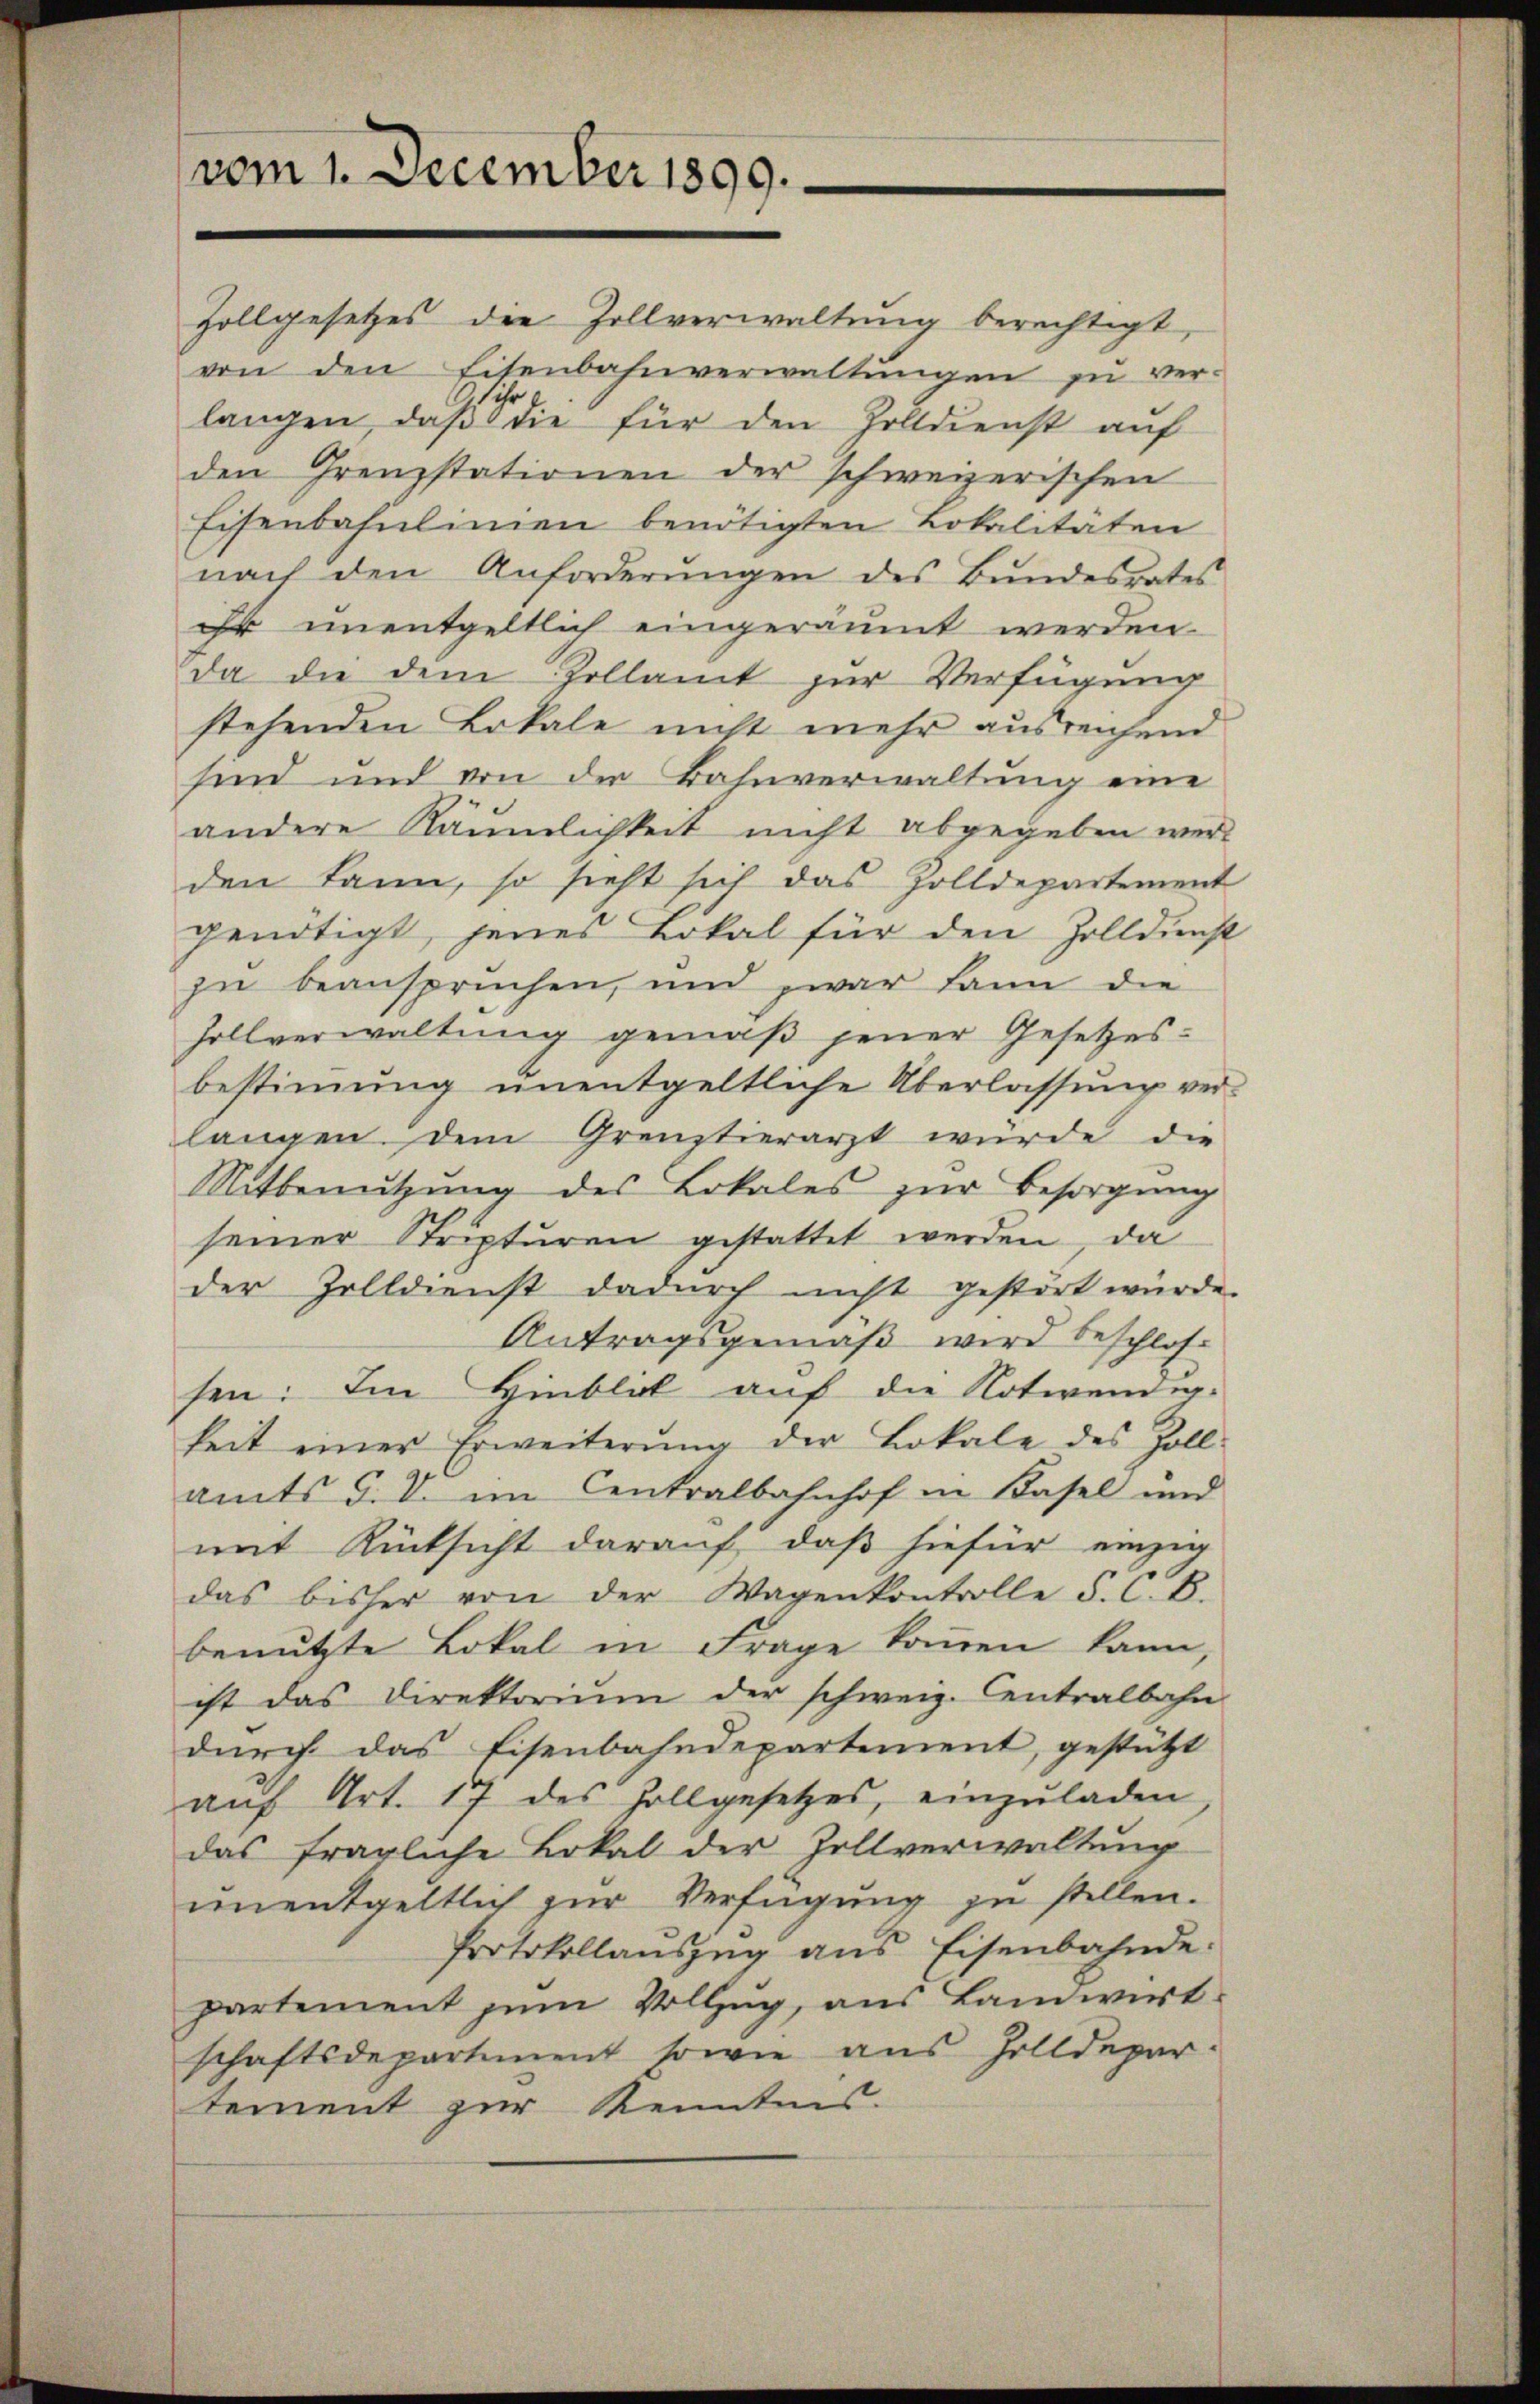
vom 1. December 1899.

Zollgesetzes die Zollverwaltung berechtigt,
von den Eisenbahnverwaltungen zu ver-
sihr.
langen, daß die für den Zolldienst auf
den Grenzstationen der schweizerischen
Eisenbahnlinien benötigten Lokalitäten
nach den Anforderungen des Bundesrates
ihr unentgeltlich eingeräumt werden.
da die dem Zollamt zur Verfügung
stehenden Lokale nicht mehr ausreichend
sind und von der Bahnverwaltung eine
andere Räumlichkeit nicht abgegeben werd
den kann, so sieht sich das Zolldepartement
gendtigt, jenes Lokal für den Zolldinst
zu beansprüchen, und zwar kann die
Hollverwaltung gemäß jener Gesetzesbestimmung unentgeltliche Überlassung verlangen. Dem Grenztierarzt würde die
Mitbenutzung des Lokales zur Besorgung
seiner Stripturen gestattet werden, da
der Zolldienst dadurch nicht gestört würde.
Antragsgemäß wird beschlos
sen: Im Hinblat auf die Notwendig-
keit einer Erweiterŭng der Lokale des Zoll-
amts G. V. im Centralbahnhof in Basel und
mit Rücksicht darauf, daß hiefür einzig
das bisher von der Wagenkontrolle F. C. B.
benutzte Lokal in Frage kommen kann,
ist das Direktoriŭm der schweiz. Centralbahn
durch das Eisenbahndepartement, gestützt
aŭf Art. 17 des Zollgesetzes, einzŭladen
das fragliche Lokal der Zollverwaltung
unentgeltlich zur Verfügung zu stellen.
Protokollauszug aus Eisenbahnde:
partement zum Vollzug, aus Landwirt
schaftsdepartiment sowie aus Zolldepar-
tement zur Kenntnis.